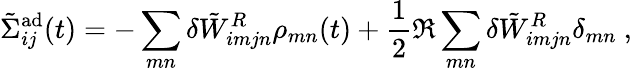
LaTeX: \tilde{\Sigma}_{ij}^{\mathrm{ad}}(t)=-\sum_{mn}\delta\tilde{W}_{imjn}^{R}\rho_{mn}(t)+\frac{1}{2}\Re\sum_{mn}\delta\tilde{W}_{imjn}^{R}\delta_{mn}~,